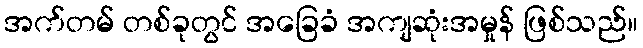
အက်တမ် တစ်ခုတွင် အခြေခံ အကျဆုံးအမှုန် ဖြစ်သည်။